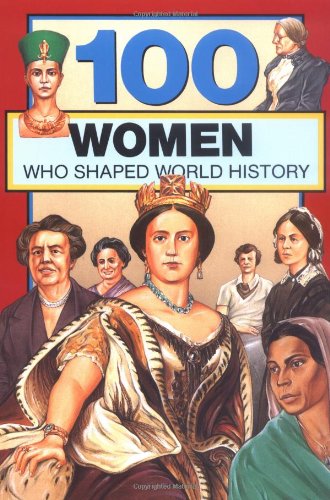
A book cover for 100 Women Who Shaped World History (100 Series); Gail Rolka; Teen & Young Adult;